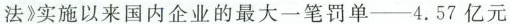
法》实施以来国内企业的最大一笔罚单—4.57亿元